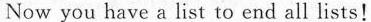
Now you have a list to end all lists!